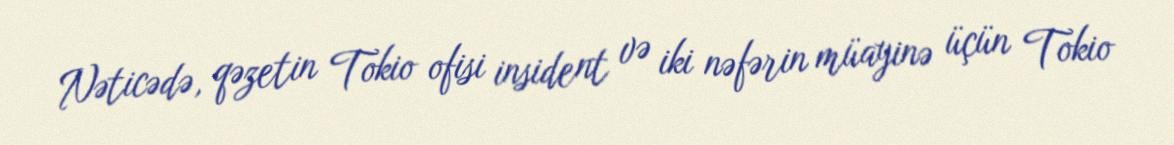
Nəticədə, qəzetin Tokio ofisi insident və iki nəfərin müayinə üçün Tokio